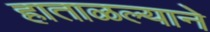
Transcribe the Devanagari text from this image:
हाताळल्याने